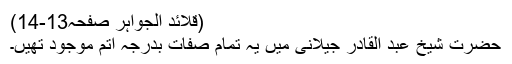
(قلائد الجواہر صفحہ13-14)
حضرت شیخ عبد القادر جیلانیؒ میں یہ تمام صفات بدرجۂ اتم موجود تھیں۔